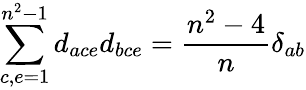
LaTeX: \sum_{c,e=1}^{n^{2}-1}d_{ace}d_{bce}={\frac{n^{2}-4}{n}}\delta_{ab}